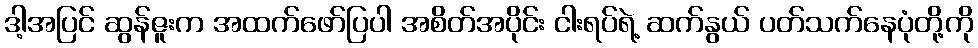
ဒါ့အပြင် ဆွန်ဇူးက အထက်ဖော်ပြပါ အစိတ်အပိုင်း ငါးရပ်ရဲ့ ဆက်နွယ် ပတ်သက်နေပုံတို့ကို